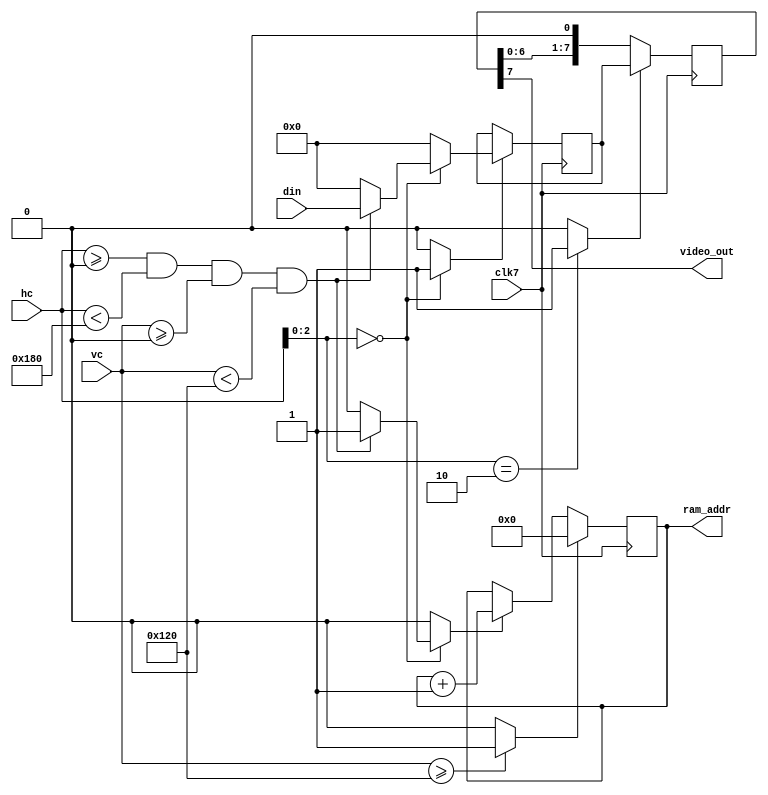
/*
 * This file is part of "TV broadcasting demo using FPGA" project.
 * Copyright (c) 2018 Miguel Angel Rodriguez Jodar.
 * 
 * This program is free software: you can redistribute it and/or modify  
 * it under the terms of the GNU General Public License as published by  
 * the Free Software Foundation, version 3.
 *
 * This program is distributed in the hope that it will be useful, but 
 * WITHOUT ANY WARRANTY; without even the implied warranty of 
 * MERCHANTABILITY or FITNESS FOR A PARTICULAR PURPOSE. See the GNU 
 * General Public License for more details.
 *
 * You should have received a copy of the GNU General Public License 
 * along with this program. If not, see <http://www.gnu.org/licenses/>.
*/

`timescale 1ns / 1ps
`default_nettype none

// Resolucion: 384x288 con borde negro de 3 pixels a izquierda y derecha, y 8 pixels arriba y abajo

// Un generador simple de frames. Cada 8 pixels se carga el shifter desde el ltimo dato
// leido en RAM. Si no se est en el area activa, el shifter se carga con ceros
module framegen (
  input wire clk7,
  input wire [8:0] hc,
  input wire [8:0] vc,
  output reg [13:0] ram_addr,
  input wire [7:0] din,
  output wire video_out
  );

  reg load_ramdata, load_shifter, incr_addr, reset_addr;
  reg [7:0] ramdata_din;
  always @* begin  
    load_ramdata = 1'b0;
    load_shifter = 1'b0;
    ramdata_din = 8'h00;
    incr_addr = 1'b0;
    reset_addr = 1'b0;
    
    if (hc[2:0] == 3'd2)  // un ciclo antes de terminar el shifter, se carga con nuevos datos
      load_shifter = 1'b1;
    if (hc[2:0] == 3'd0) begin  // que se cargaron de RAM dos ciclos de reloj antes
      load_ramdata = 1'b1;
      if (hc >= 9'd0 && hc < 9'd384 && vc >= 9'd0 && vc < 9'd288) begin  // si estamos en el area activa...
        ramdata_din = din;  // los datos provienen efectivamente de la RAM
        incr_addr = 1'b1;   // y se incrementa el contador de direcciones
      end
      else
        ramdata_din = 8'h00; // pero si no estamos en el area activa, los datos que se cargan son ceros.
    end
    if (vc >= 9'd288)
      reset_addr = 1'b1;  // tras generar toda el area activa, resetear contador de direcciones
  end

  reg [7:0] ramdata, shifter;
  initial ram_addr = 14'h0000;
  always @(posedge clk7) begin
      if (load_ramdata == 1'b1)
        ramdata <= ramdata_din;   // cargar registro de entrada con datos (de RAM o ceros)
        
      if (load_shifter == 1'b1)   // al registro shifter, o bien se le cargan datos nuevos
        shifter <= ramdata;
      else
        shifter <= {shifter[6:0], 1'b0};  // o se desplazan los que haya, un bit a la izquierda
        
      if (reset_addr == 1'b1)     // comportamiento del contador de direcciones de RAM
        ram_addr <= 14'h0000;
      else if (incr_addr == 1'b1)
        ram_addr <= ram_addr + 14'd1;
  end

  assign video_out = shifter[7];  // el pixel actual es el bit ms significativo del shifter
endmodule

// Memoria para el framebuffer. Es de doble puerto porque en una versin posterior de este core
// una CPU escribir en ella.
module framebuffer (
  input wire clk,
  input wire [13:0] addrr,
  input wire [13:0] addrw,
  input wire we,
  input wire [7:0] din,
  output reg [7:0] dout
  );
  
  reg [7:0] mem[0:16383];
  integer i;
  initial begin
    for (i=0;i<16384;i=i+1) begin
      mem[i] = 8'h00;
    end
    // https://thewallpaper.co/black-and-white-hd-cat-wallpapers-widescreen-pussycats-high-resolution-pet-photos-animal-love-baby-cat-desktop-images-cat-wallpapers-for-mac-windows-wallpapers-of-cats-1805x1354/
    $readmemh ("cat.hex", mem);
  end
  
  always @(posedge clk) begin
    dout <= mem[addrr];
    if (we == 1'b1)
      mem[addrw] <= din;
  end
endmodule

// Generador simple de un tono de 1 kHz a partir del reloj de 7.5 MHz
module audiogen (
  input wire clk,
  output reg audio
  );
  
  reg [11:0] cnt = 12'h000;
  initial audio = 1'b0;
  
  always @(posedge clk) begin
    if (cnt == 12'd3750) begin
      cnt <= 12'h000;
      audio <= ~audio;
    end
    else
      cnt <= cnt + 12'd1;
  end
endmodule  
  
`default_nettype wire